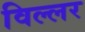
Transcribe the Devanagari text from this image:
विल्लर